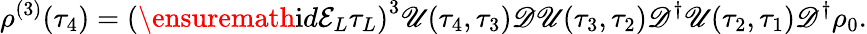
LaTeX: \rho^{(3)}(\tau_{4})=\left(\ensuremath{\mathrm{i}}d\mathcal{E}_{L}\tau_{L}\right)^{3}\mathscr{U}(\tau_{4},\tau_{3})\mathscr{D}\mathscr{U}(\tau_{3},\tau_{2})\mathscr{D}^{\dagger}\mathscr{U}(\tau_{2},\tau_{1})\mathscr{D}^{\dagger}\rho_{0}.